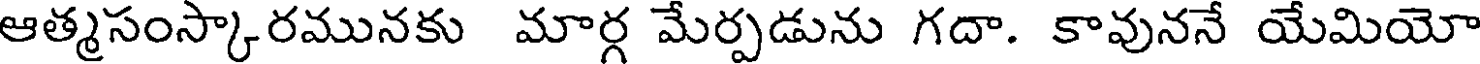
ఆత్మసంస్కారమునకు మార్గ మేర్పడును గదా. కావుననే యేమియో